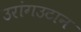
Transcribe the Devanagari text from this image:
उरांगउटान